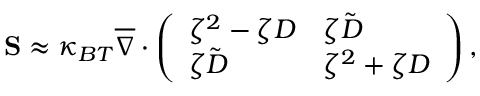
\mathbf { S } \approx \kappa _ { B T } \overline { { \nabla } } \cdot \left( \begin{array} { l l } { \zeta ^ { 2 } - \zeta D } & { \zeta \tilde { D } } \\ { \zeta \tilde { D } } & { \zeta ^ { 2 } + \zeta D } \end{array} \right) ,